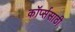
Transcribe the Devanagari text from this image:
कॉर्प्ससाठी